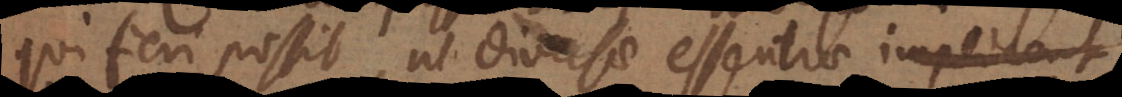
qui fieri possit ut diversae essentiae implicent